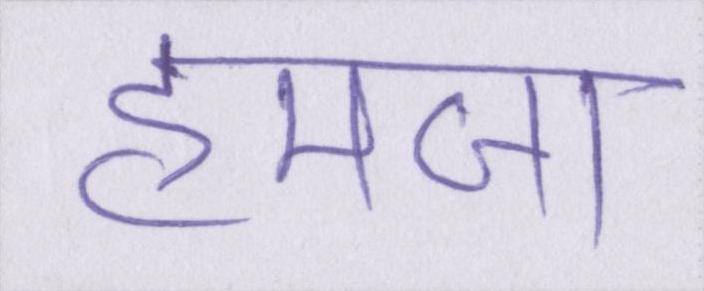
हमजा